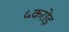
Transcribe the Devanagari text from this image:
५करोड़